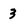
Character: 3